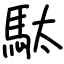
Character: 駄